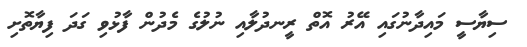
ސިޔާސީ މައިދާނުގައި އޭރު އޮތް ރީނދުލާއި ނުލުގެ މެދުން ފާޅުވި ގަދަ ފިޔާތޮށި